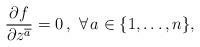
LaTeX: \begin{align*}\frac{\partial f}{\partial z^{\overline{a}}}=0\,,\,\,\forall \,a\in\{1,\ldots,n\},\end{align*}